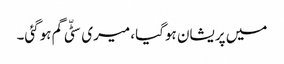
میں پریشان ہوگیا، میری سٹّی گم ہوگئی۔